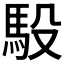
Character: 𫘈